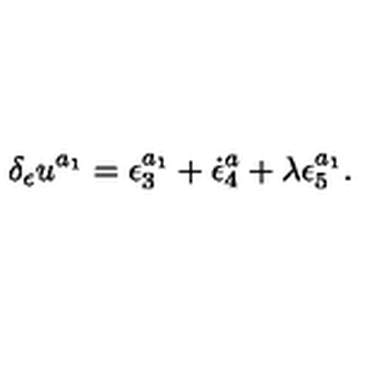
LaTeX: \delta _ { \epsilon } u ^ { a _ { 1 } } = \epsilon _ { 3 } ^ { a _ { 1 } } + \dot { \epsilon } _ { 4 } ^ { a } + \lambda \epsilon _ { 5 } ^ { a _ { 1 } } .